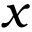
x